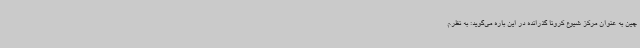
چین به عنوان مرکز شیوع کرونا گذرانده در این باره می‌گوید: به نظرم